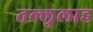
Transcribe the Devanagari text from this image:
तल्लुलाह